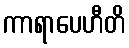
ကာရာပေဟီတိ